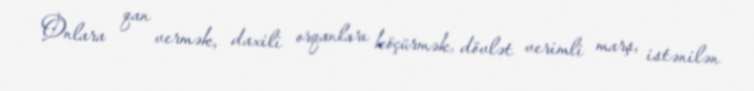
Onlara qan vermək, daxili orqanları köçürmək, dövlət verimli marş, istənilən